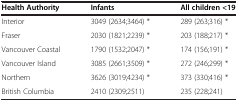
<table><thead><tr><td><b>Health Authority</b></td><td><b>Infants</b></td><td><b>All children &lt;19</b></td></tr></thead><tbody><tr><td>Interior</td><td>3049 (2634;3464) *</td><td>289 (263;316) *</td></tr><tr><td>Fraser</td><td>2030 (1821;2239) *</td><td>203 (188;217) *</td></tr><tr><td>Vancouver Coastal</td><td>1790 (1532;2047) *</td><td>174 (156;191) *</td></tr><tr><td>Vancouver Island</td><td>3085 (2661;3509) *</td><td>272 (246;299) *</td></tr><tr><td>Northern</td><td>3626 (3019;4234) *</td><td>373 (330;416) *</td></tr><tr><td>British Columbia</td><td>2410 (2309;2511)</td><td>235 (228;241)</td></tr></tbody></table>